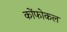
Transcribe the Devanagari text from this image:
कोंफोकल